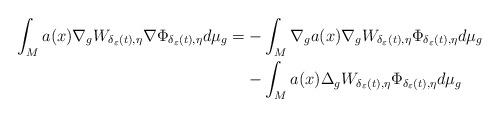
LaTeX: \begin{align*}\int_{M}a(x)\nabla_{g}W_{\delta_{\varepsilon}(t),\eta}\nabla\Phi_{\delta_{\varepsilon}(t),\eta}d\mu_{g}=&-\int_{M}\nabla_{g}a(x)\nabla_{g}W_{\delta_{\varepsilon}(t),\eta}\Phi_{\delta_{\varepsilon}(t),\eta}d\mu_{g}\\ &-\int_{M}a(x)\Delta_{g}W_{\delta_{\varepsilon}(t),\eta}\Phi_{\delta_{\varepsilon}(t),\eta}d\mu_{g}\end{align*}